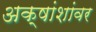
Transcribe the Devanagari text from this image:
अक्षांशांवर